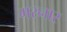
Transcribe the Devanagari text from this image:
मरनार